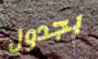
بجدول